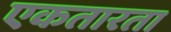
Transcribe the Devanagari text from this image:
एकतारता